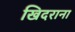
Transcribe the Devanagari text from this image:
खिदराना